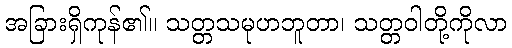
အခြားရှိကုန်၏။ သတ္တသမုဟဘူတာ၊ သတ္တဝါတို့ကိုလာ